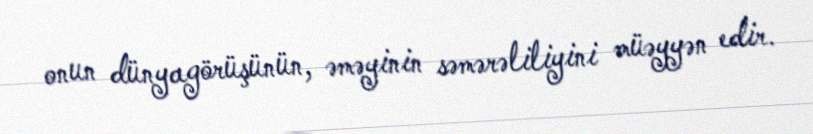
onun dünyagörüşünün, əməyinin səmərəliliyini müəyyən edir.